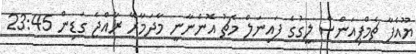
ޔޫއެފާ ޗެމްޕިއަންސް ލީގުގެ ފައިނަލް މެޗު އޮންނާނީ މާދަމާރޭ ރާއްޖެ ގަޑިން 23:45